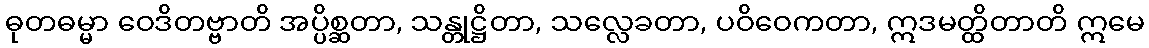
ဓုတဓမ္မာ ဝေဒိတဗ္ဗာတိ အပ္ပိစ္ဆတာ, သန္တုဋ္ဌိတာ, သလ္လေခတာ, ပဝိဝေကတာ, ဣဒမတ္ထိတာတိ ဣမေ